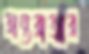
অন্তরাত্মার